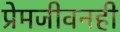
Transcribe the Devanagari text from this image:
प्रेमजीवनही